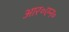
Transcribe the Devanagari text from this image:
आर॰एन॰